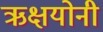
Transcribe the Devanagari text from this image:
ऋक्षयोनी